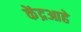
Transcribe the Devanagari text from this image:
केंद्रआहे